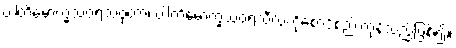
ပါတိမောက္ခသံဝရသံဝုတာ၊ ပါတိမောက္ခသံဝရသီလကိုစောင့်စည်းကုန်သည်ဖြစ်၍။